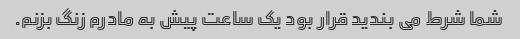
شما شرط می بندید قرار بود یک ساعت پیش به مادرم زنگ بزنم.